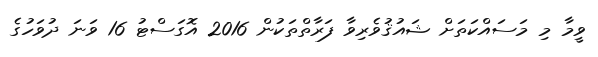
ވީމާ މި މަސައްކަތަށް ޝައުޤުވެރިވާ ފަރާތްތަކުން 2016 އޮގަސްޓު 16 ވަނަ ދުވަހުގެ